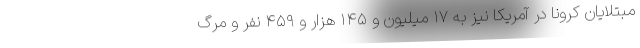
مبتلایان کرونا در آمریکا نیز به ۱۷ میلیون و ۱۴۵ هزار و ۴۵۹ نفر و مرگ